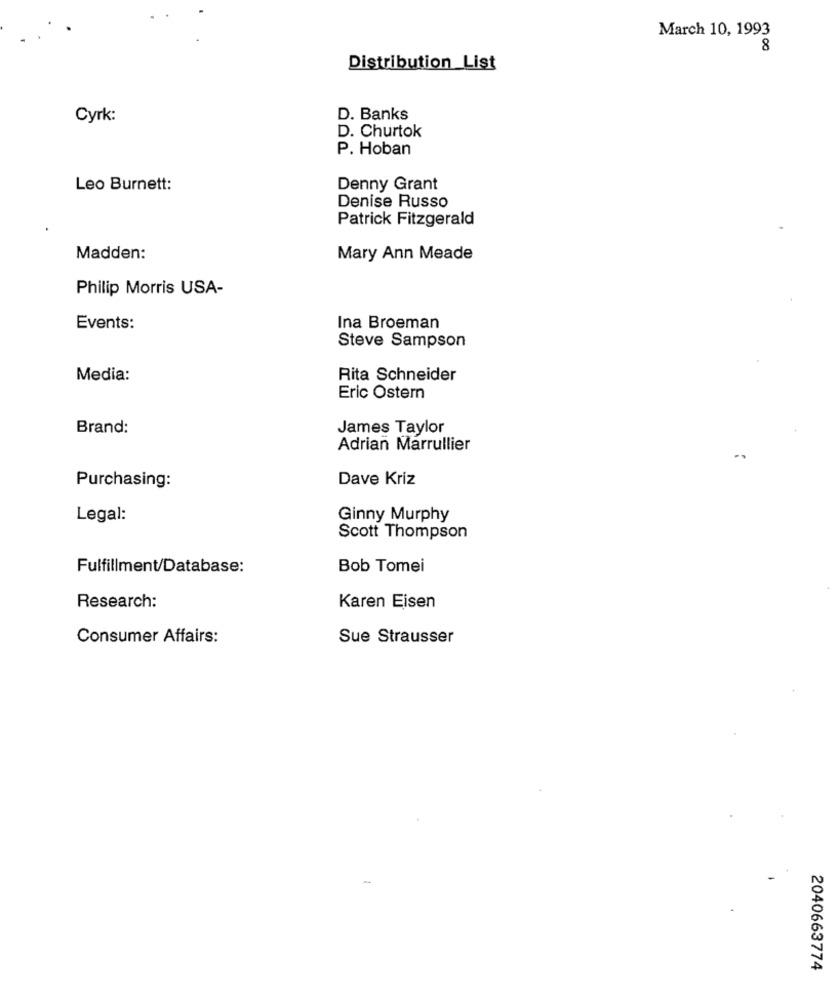
March 10, 1993
8
Distribution List
Cyrk:
D. Banks
D. Churtok
P. Hoban
Leo Burnett:
Denny Grant
Denise Russo
Patrick Fitzgerald
Madden:
Mary Ann Meade
Philip Morris USA-
Events:
Ina Broeman
Steve Sampson
Media:
Rita Schneider
Eric Ostern
Brand:
James Taylor
Adrian Marrullier
Dave Kriz
Purchasing:
Legal:
Ginny Murphy
Scott Thompson
Fulfillment/Database:
Bob Tomei
Research:
Karen Eisen
Consumer Affairs:
Sue Strausser
2040663774